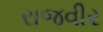
રાજવીર